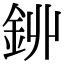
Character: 𨥥